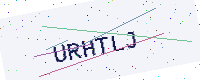
Text: URHTLJ